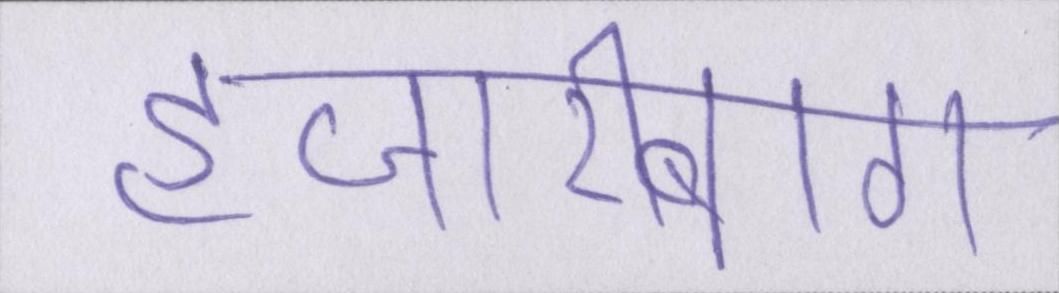
हजारीबाग